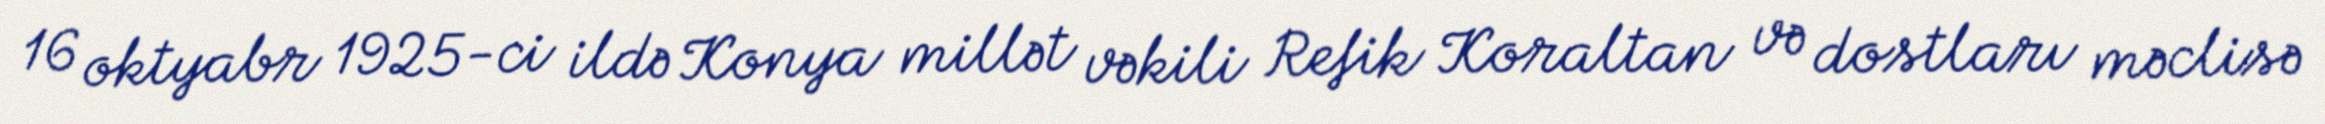
16 oktyabr 1925-ci ildə Konya millət vəkili Refik Koraltan və dostları məclisə